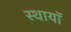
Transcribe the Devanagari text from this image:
स्थायॉ